Annual administration and progress report of the Indian Medical Department, Bombay
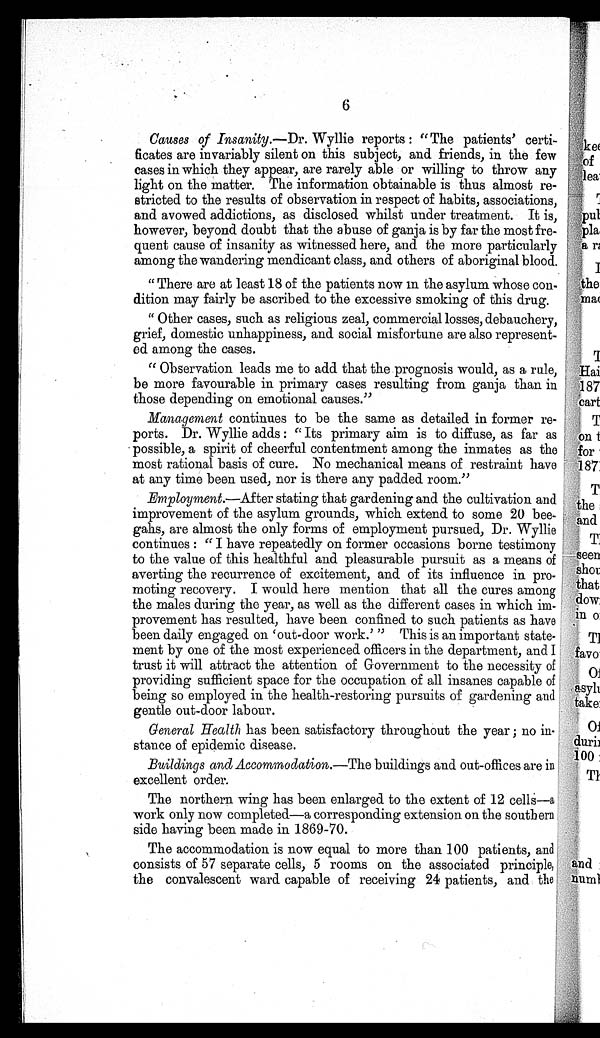
6
Causes of Insanity.—Dr. Wyllie reports : "The patients' certi-
ficates are invariably silent on this subject, and friends, in the few
cases in which they appear, are rarely able or willing to throw any
light on the matter. The information obtainable is thus almost re-
stricted to the results of observation in respect of habits, associations,
and avowed addictions, as disclosed whilst under treatment. It is,
however, beyond doubt that the abuse of ganja is by far the most fre-
quent cause of insanity as witnessed here, and the more particularly
among the wandering mendicant class, and others of aboriginal blood.
" There are at least 18 of the patients now in the asylum whose con-
dition may fairly be ascribed to the excessive smoking of this drug.
" Other cases, such as religious zeal, commercial losses, debauchery,
grief, domestic unhappiness, and social misfortune are also represent-
ed among the cases.
" Observation leads me to add that the prognosis would, as a rule,
be more favourable in primary cases resulting from ganja than in
those depending on emotional causes."
Management continues to be the same as detailed in former re-
ports. Dr. Wyllie adds : " Its primary aim is to diffuse, as far as
possible, a spirit of cheerful contentment among the inmates as the
most rational basis of cure. No mechanical means of restraint have
at any time been used, nor is there any padded room."
Employment.—After stating that gardening and the cultivation and
improvement of the asylum grounds, which extend to some 20 bee-
gahs, are almost the only forms of employment pursued, Dr. Wyllie
continues : " I have repeatedly on former occasions borne testimony
to the value of this healthful and pleasurable pursuit as a means of
averting the recurrence of excitement, and of its influence in pro-
moting recovery. I would here mention that all the cures among
the males during the year, as well as the different cases in which im-
provement has resulted, have been confined to such patients as have
been daily engaged on 'out-door work.' " This is an important state-
ment by one of the most experienced officers in the department, and I
trust it will attract the attention of Government to the necessity of
providing sufficient space for the occupation of all insanes capable of
being so employed in the health-restoring pursuits of gardening and
gentle out-door labour.
General Health has been satisfactory throughout the year ; no in-
stance of epidemic disease.
Buildings and Accommodation.—The buildings and out-offices are in
excellent order.
The northern wing has been enlarged to the extent of 12 cells—a
work only now completed—a corresponding extension on the southern
side having been made in 1869-70.
The accommodation is now equal to more than 100 patients, and
consists of 57 separate cells, 5 rooms on the associated principle,
the convalescent ward capable of receiving 24 patients, and the